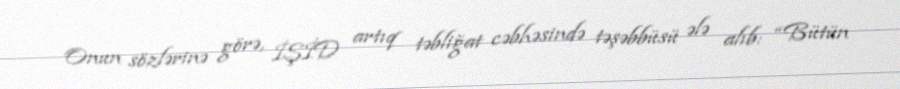
Onun sözlərinə görə, İŞİD artıq təbliğat cəbhəsində təşəbbüsü ələ alıb: “Bütün